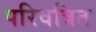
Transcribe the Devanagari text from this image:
परिवत्रित